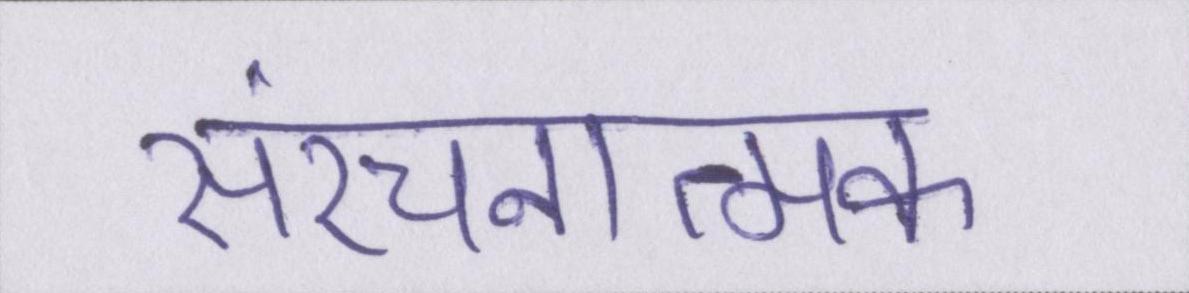
संरचनात्मक